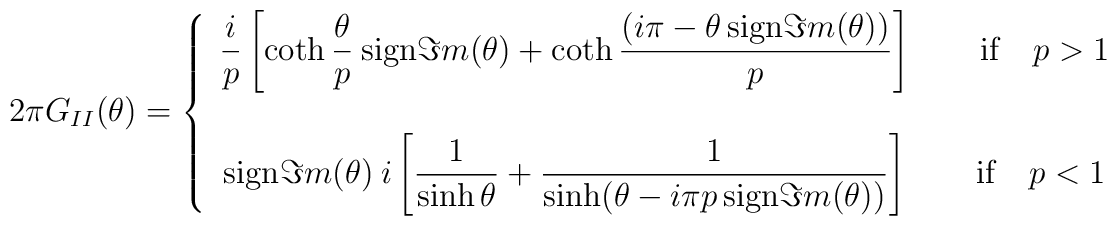
2\pi G_{II}(\theta )=\left\{ \begin{array}{c}\displaystyle \displaystyle\frac{i}{p}\left[ \coth \displaystyle\frac{\theta }{p}\: \mathrm{sign}\Im m(\theta )+\coth \displaystyle\frac{(i\pi -\theta \, \mathrm{sign}\Im m(\theta ))}{p}\right] \qquad \mathrm{if}\quad p>1\\\\\mathrm{sign}\Im m(\theta )\: i\left[ \displaystyle\frac{1}{\sinh \theta }+\displaystyle\frac{1}{\sinh (\theta -i\pi p\, \mathrm{sign}\Im m(\theta ))}\right] \qquad \mathrm{if}\quad p<1\end{array}\right.